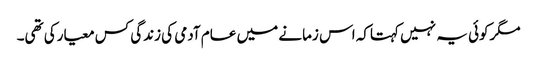
مگرکوئی یہ نہیں کہتاکہ اس زمانے میں عام آدمی کی زندگی کس معیارکی تھی۔